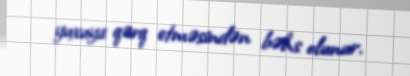
yuxuya qərq etməsindən bəhs olunur.